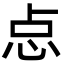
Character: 㤐